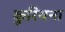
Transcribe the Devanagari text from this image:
कुरियना